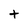
Character: t